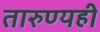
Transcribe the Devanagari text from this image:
तारुण्यही